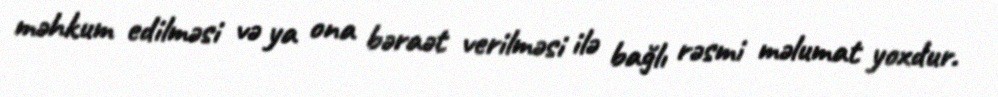
məhkum edilməsi və ya ona bəraət verilməsi ilə bağlı rəsmi məlumat yoxdur.